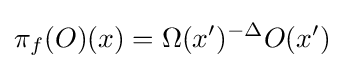
\pi _{f}(O)(x)=\Omega (x')^{-\Delta }O(x')